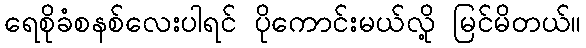
ရေစိုခံစနစ်လေးပါရင် ပိုကောင်းမယ်လို့ မြင်မိတယ်။